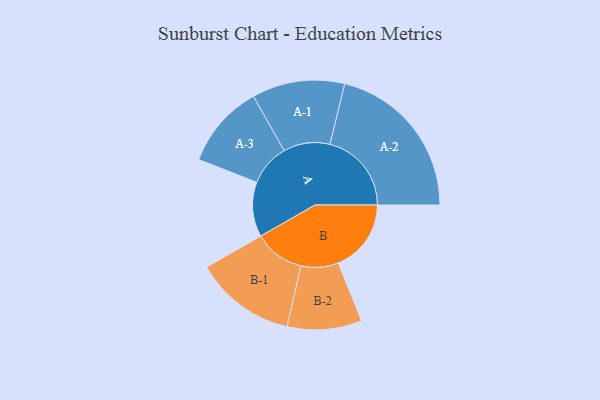
{"axis": {"x": "Segment", "y": "Value"}, "legend": ["", "A", "B"], "data": [{"x": "A", "y": 157, "type": ""}, {"x": "B", "y": 209, "type": ""}, {"x": "A-1", "y": 133, "type": "A"}, {"x": "A-2", "y": 234, "type": "A"}, {"x": "A-3", "y": 120, "type": "A"}, {"x": "B-1", "y": 145, "type": "B"}, {"x": "B-2", "y": 107, "type": "B"}]}